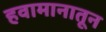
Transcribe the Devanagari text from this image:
हवामानातून